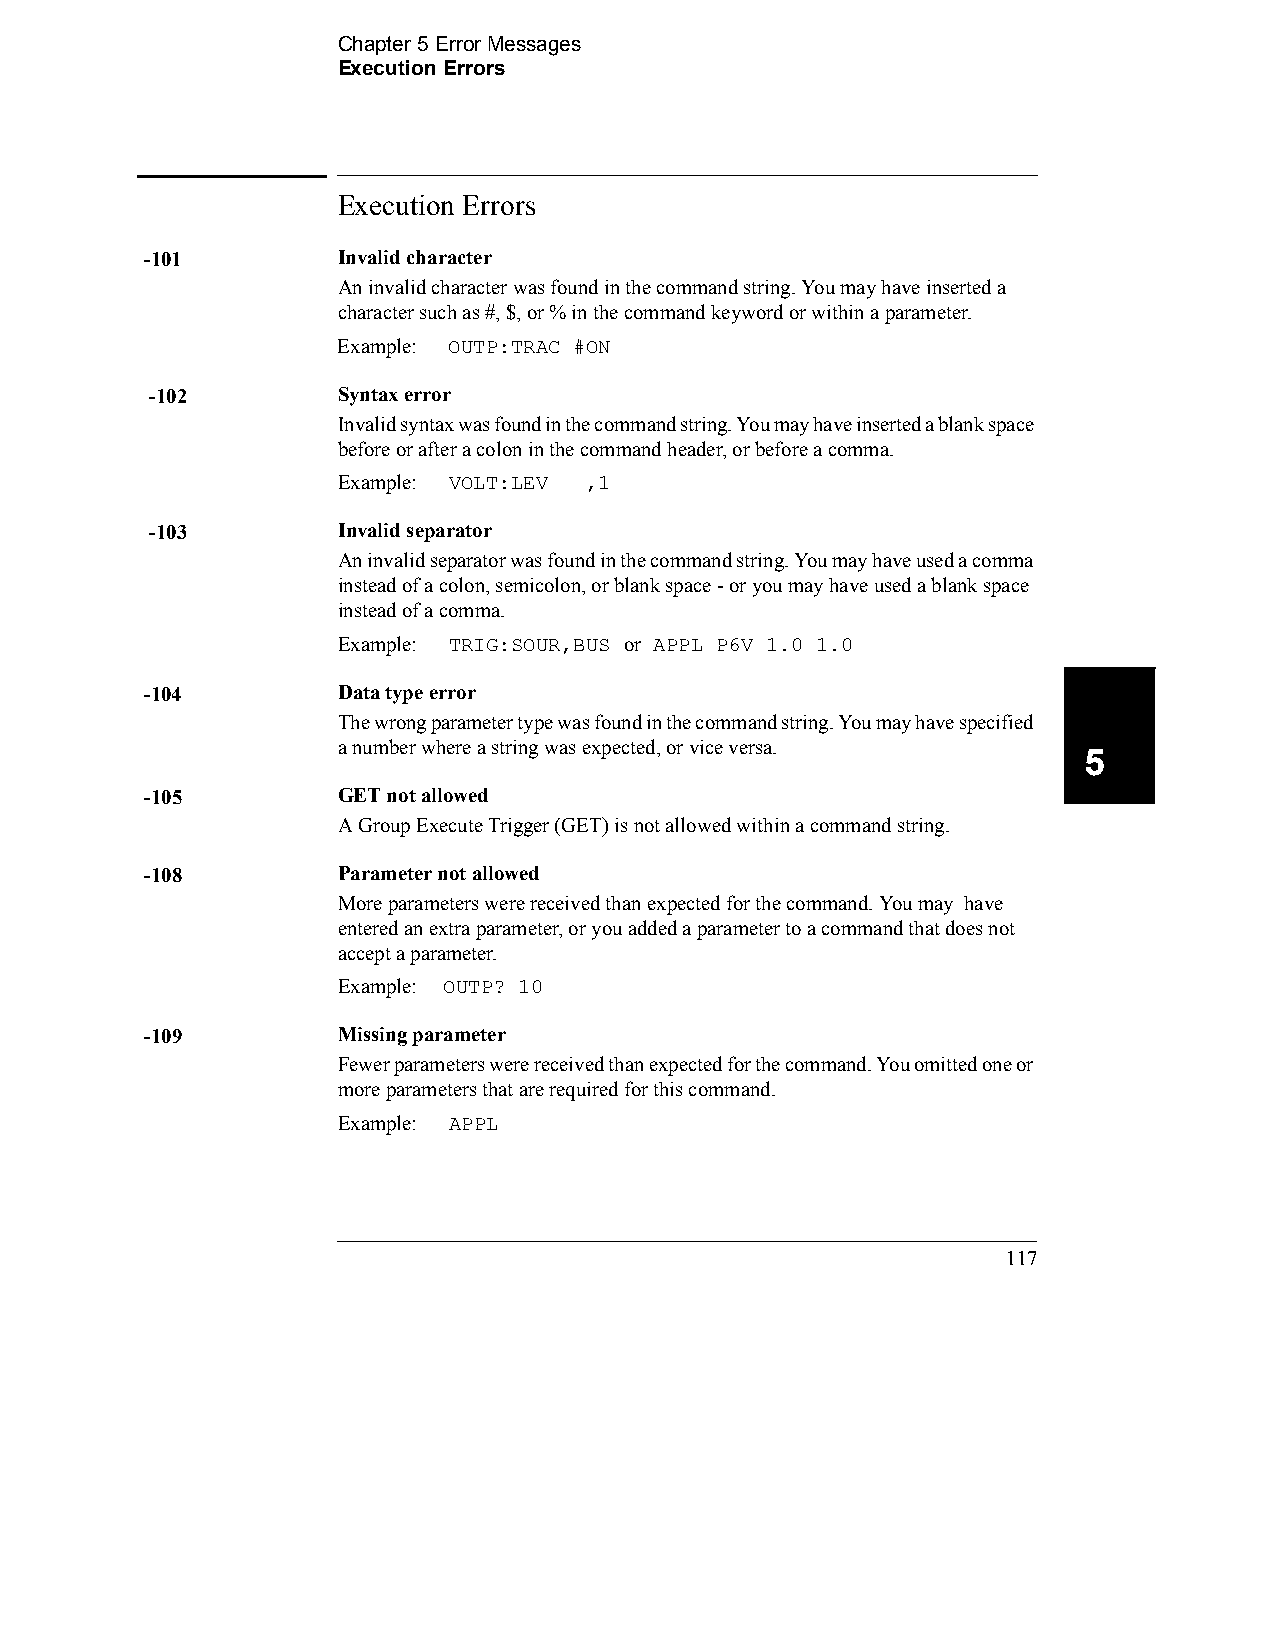
Chapter 5 Error Messages
 Execution Errors
 Execution Errors
 -101        Invalid character
 An invalid character was found in the command string. You may have inserted a
 character such as #, $, or % in the command keyword or within a parameter.
 Example: OUTP:TRAC #ON
 -102        Syntax error
 Invalid syntax was found in the command string. You may have inserted a blank space
 before or after a colon in the command header, or before a comma.
 Example: VOLT:LEV ,1
 -103        Invalid separator
 An invalid separator was found in the command string. You may have used a comma
 instead of a colon, semicolon, or blank space - or you may have used a blank space
 instead of a comma.
 Example: TRIG:SOUR,BUS or APPL P6V 1.0 1.0
 -104        Data type error
 The wrong parameter type was found in the command string. You may have specified
 a number where a string was expected, or vice versa.
 5
 -105        GET not allowed
 A Group Execute Trigger (GET) is not allowed within a command string.
 -108        Parameter not allowed
 More parameters were received than expected for the command. You may have
 entered an extra parameter, or you added a parameter to a command that does not
 accept a parameter.
 Example: OUTP? 10
 -109        Missing parameter
 Fewer parameters were received than expected for the command. You omitted one or
 more parameters that are required for this command.
 Example: APPL
 117